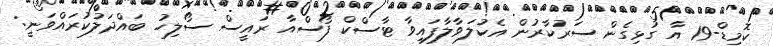
ކޮމިޑް-19 އާ ގުޅިގެން ސަރުކާރުން އެކުލަވާލާފައިވާ ޓާސްކް ފޯސްއާ ރައީސް ސޯލިހު ބައްދަލުކުރައްވަނީ: